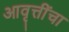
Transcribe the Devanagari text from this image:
आवृत्तींचा